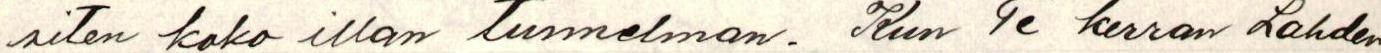
siten koko illan tunnelman. Kun Te kerran Lahden